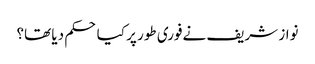
نواز شریف نےفوری طور پر کیا حکم دیا تھا؟